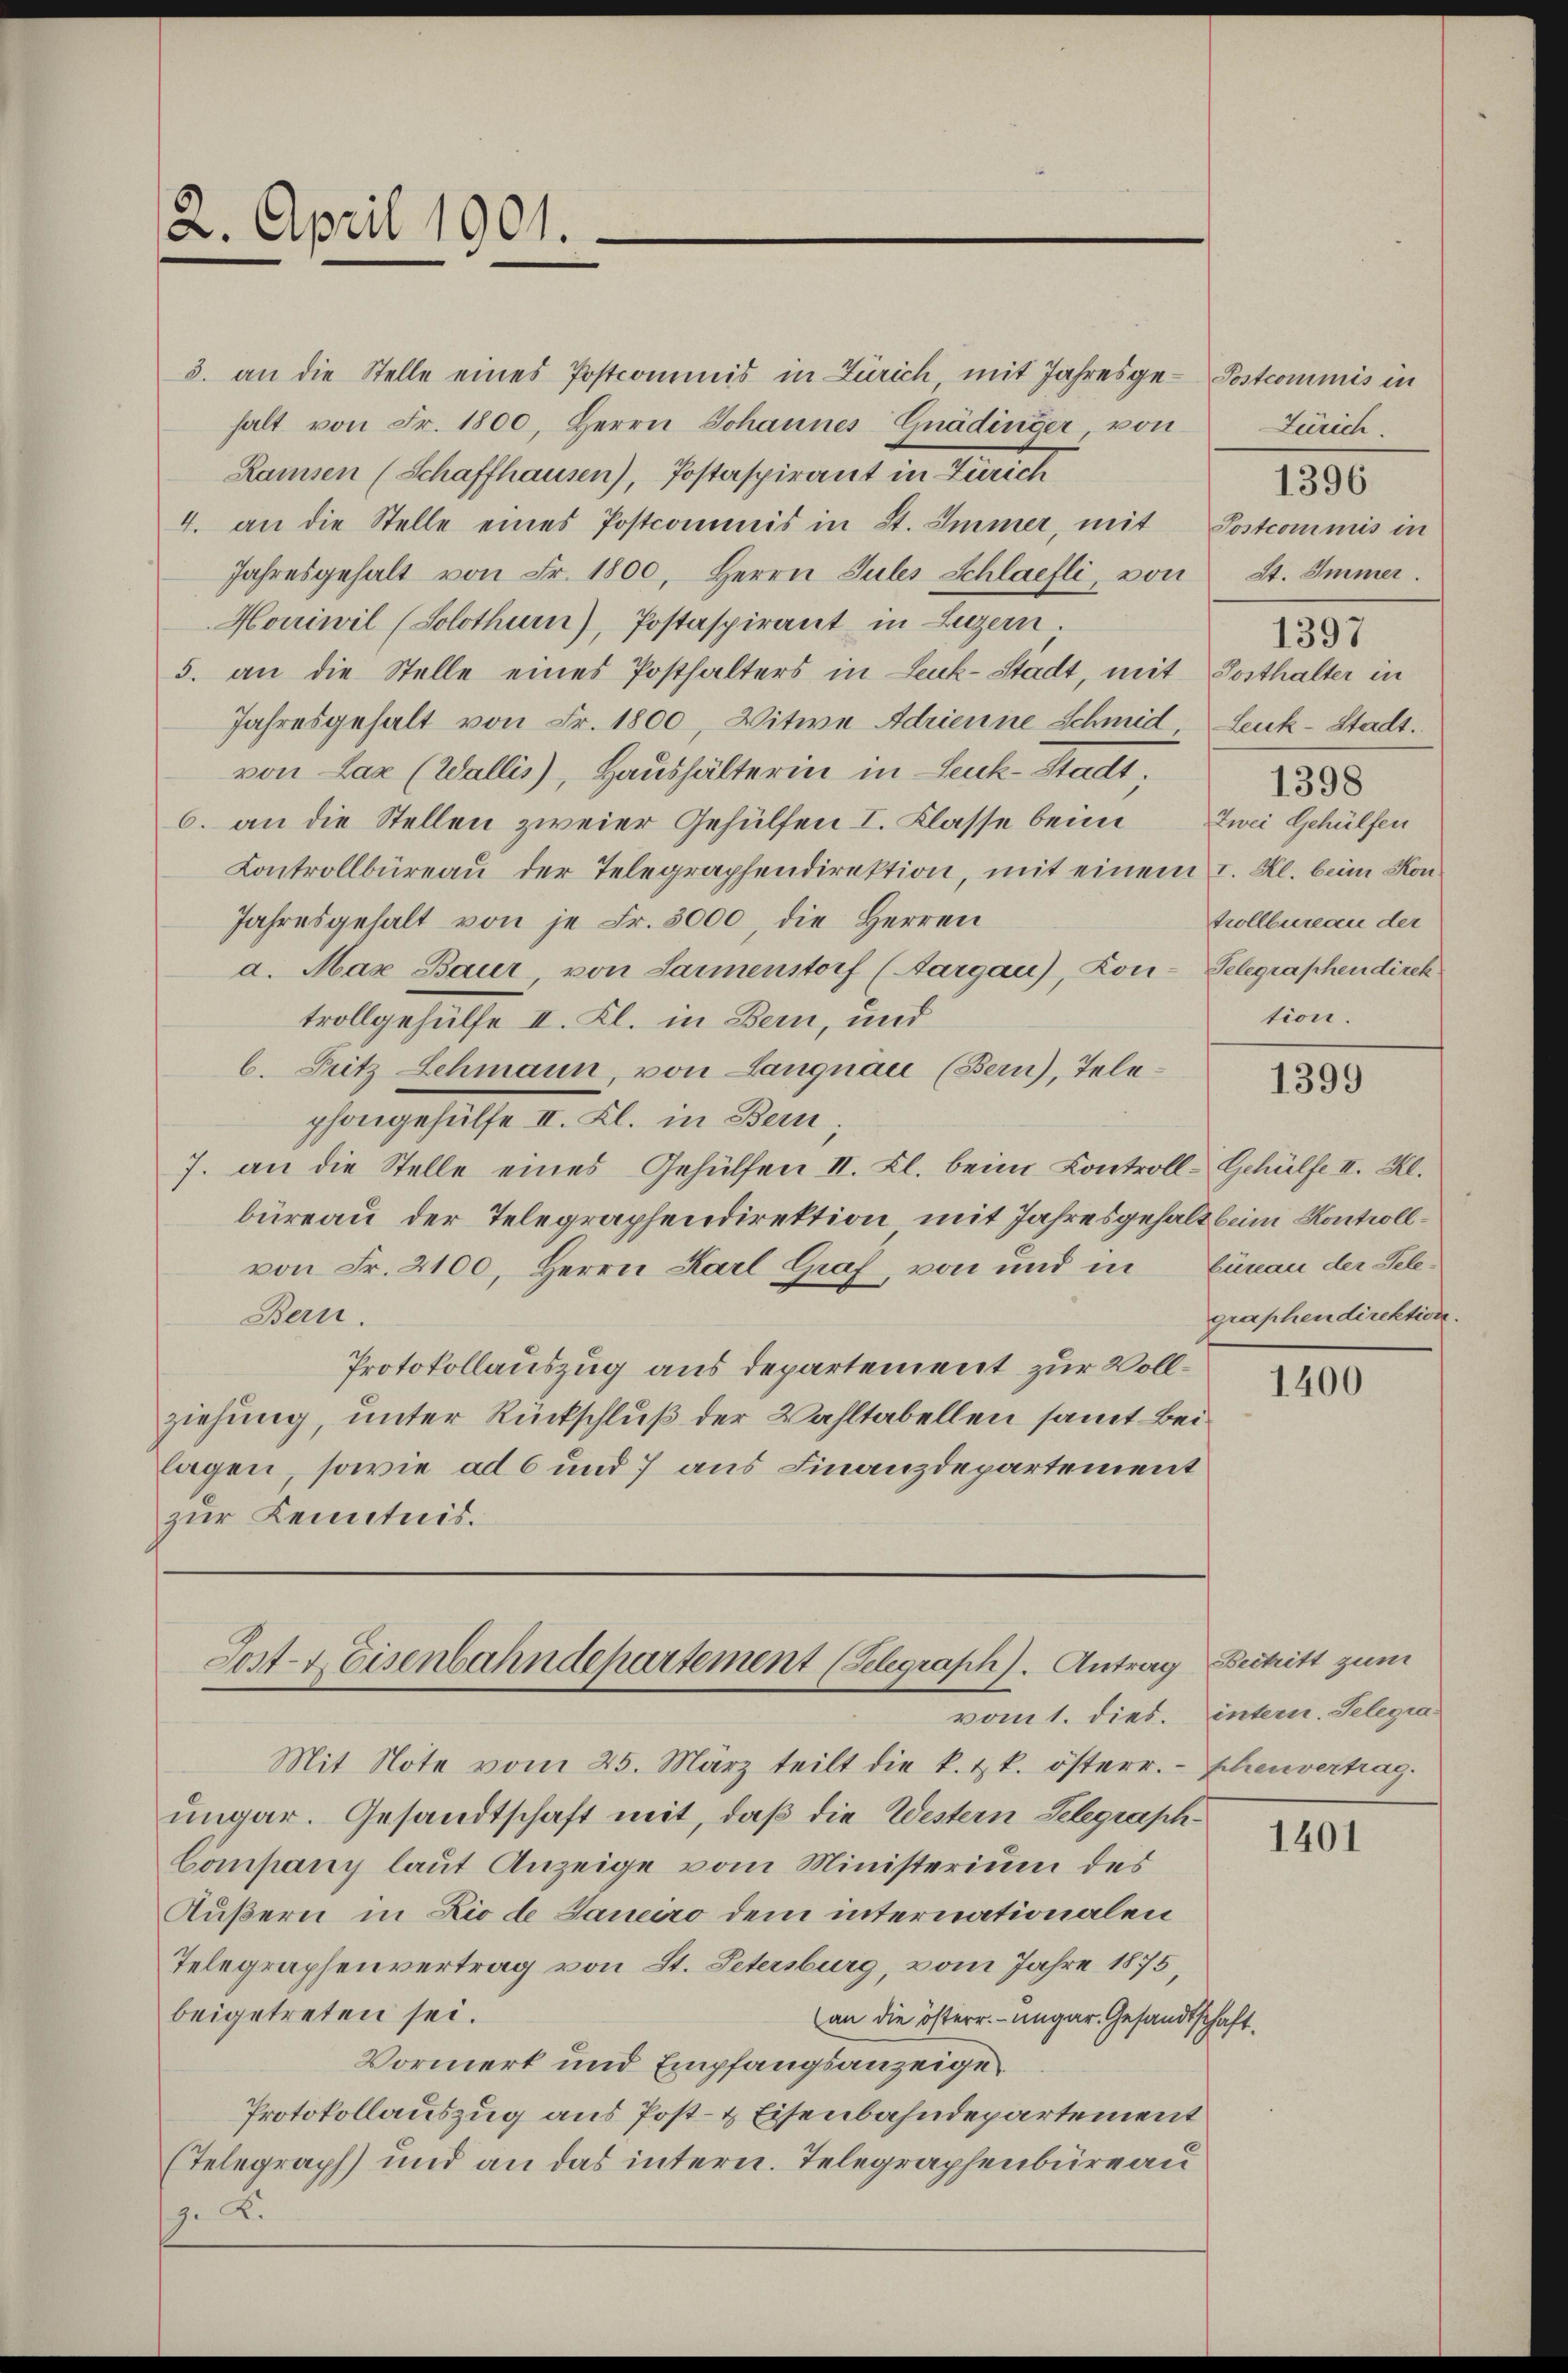
2. April 1901.

3. an die Stelle eines Postcommis in Zürich mit Jahresge-Postcommis in
halt von Fr. 1800, Herrn Johannes Gnädinger von
Ramsen (Schaffhausen), Postaspirant in Zürich
4. an die Stelle eines Postcommis in St. Immer, mit Postcommis in
Jahresgehalt von Fr. 1800. Herrn Jules Schlaefli, von
Hocriwil (Solothurn), Postaspirant in Luzern.
5. an die Stelle eines Posthalters in Leuk-Stadt, mit Posthalter in
Jahresgehalt von Fr. 1800, Witwe Adrienne Schmid Leuk-Stadt.
von Laz (Wallis), Haushälterin in Leuk-Stadt.
6. an die Stellen zweier Gehülfen I. Klasse beim Zwei Gehülfen
Controllbüreau der Telegraphendirektion, mit einem I. Kl. beim Kon¬
Jahresgehalt von je Fr. 3000 die Herren
a. Max Baur von Sammenstorf (Aargau), Kon-Telegraphendirek
trollgehülfe II. Kl. in Bern, und
b. Pritz Lehmann, von Langnau (Bern), Telephongesetze u. Al. in Ben
7. an die Stelle eines Gehülfen II. Kl. beim Controll-Gehülfe II. Kl.
büreau der Telegraphendirektion mit Jahresgehalt beim Kontrollvon Fr. 2100, Herrn Karl Graf, von und in Curau der Tele¬
Bern.
Protokollauszug aus departement zur Vollziehung, unter Rückschluß der Wahltabellen samt Beilagen, sowie ad 6 und 7 aus Finanzdepartement
zur Kenntnis.

Sost- & Eisenbahndepartement (Telegraph). Antrag
vom 1. dies. intern. Selegia

Mit Note vom 25. März teilt die k. k. österr. - Schenvertrag.
ungar. Gesandtschaft mit, daß die Western Selegraph¬
Company laut Anzeige vom Ministerium des
Äußern in Lio de Janeiro dem internationalen
Telegraphenvertrag von St. Petersburg, vom Jahre 1875
beigetreten sei.
(an die österr. - Ungar. Gesandtschaft
Vormerk und Empfangsanzeige
Protokollauszug aus Post- & Eisenbahndepartement
Telegraph) und an das intern. Telegraphenbüreau
g. K.

Zürich
1396
St. Immer.
1398
trollbureau der
tion.

2.

1397

1399

graphendirektion

1400

Bestritt zum

1401